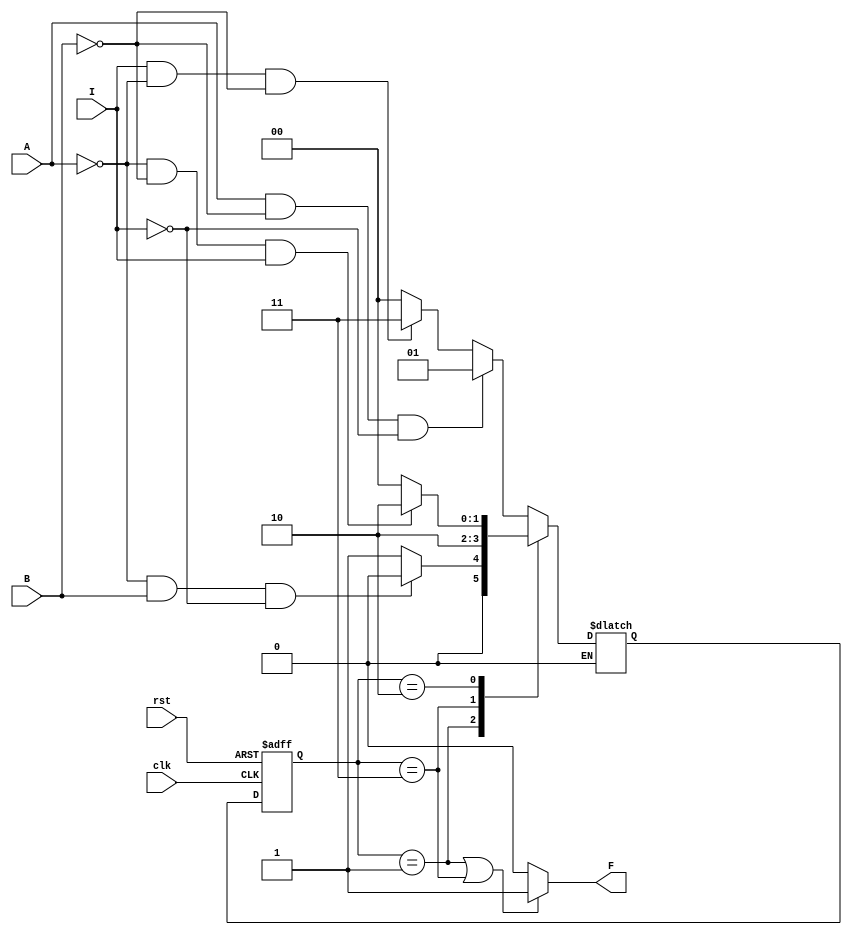
`timescale 1ns / 1ps
//////////////////////////////////////////////////////////////////////////////////
// Company: 
// Engineer: 
// 
// Design Name: 
// Module Name: state_machine
// Project Name: 
// Target Devices: 
// Tool Versions: 
// Description: 
// 
// Dependencies: 
// 
// Revision:
// Revision 0.01 - File Created
// Additional Comments:
// 
//////////////////////////////////////////////////////////////////////////////////


module state_machine(
input A,
input B,
input I, 
output F,
input clk,
input rst
    );

// Define State Codes
localparam S0 = 2'b00;
localparam S1 = 2'b01;
localparam S2 = 2'b11;
localparam S3 = 2'b10;

reg [1:0] pState, nState;

// Combinational Logic: Next State Logic
always @ (pState, A, B, I)
begin
    case (pState)
        S0:begin
            if (A == 1'b1 && B == 1'b0 && I == 1'b0)
                nState = S1;
            else if ( I==1'b1 && A== 1'b0 && B==1'b0)
                nState = S2;
            else 
                nState = S0;
            end
        S1:
            if (A == 1'b0 && B == 1'b1 && I==1'b0)
                nState = S0;
            else
                nState = S1;
        S2:
            if (pState==S2)
                nState = S3;
        S3:
            if (A == 1'b0 && B == 1'b0 && I == 1'b1)
                nState = S3	;
            else
                nState = S0;
        default:
            nState = S0;
    endcase
end

// State Registers
always @ (posedge(clk), posedge(rst))
begin
    if (rst == 1'b1)
        pState <= S0;
    else
        pState <= nState;
end

// Output Logic
assign F = (pState == S1 || pState == S2) ? 1'b1 : 1'b0;

endmodule